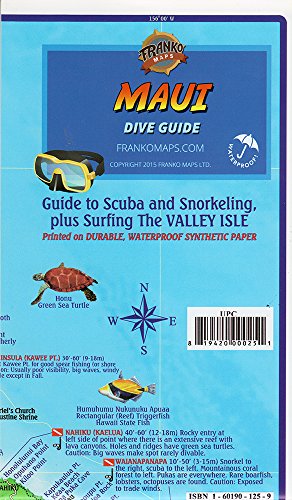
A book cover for Franko's Dive Map of Maui; Frank Nielsen; Travel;